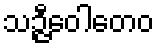
သဉ္ဇီဝေါတေဝ